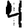
Digit: 4